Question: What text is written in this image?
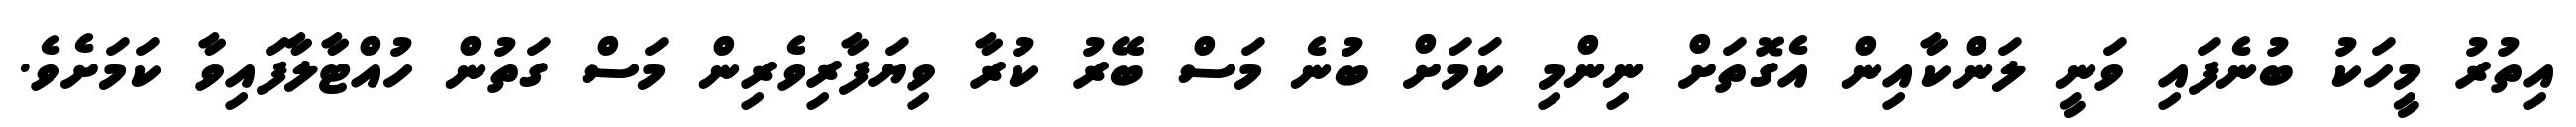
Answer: އިތުރު މީހަކު ބުނެފައި ވަނީ ލަންކާއިން އެގޮތަށް ނިންމި ކަމަށް ބުނެ މަސް ބޭރު ކުރާ ވިޔަފާރިވެރިން މަސް ގަތުން ހުއްޓާލާފައިވާ ކަމަށެވެ.